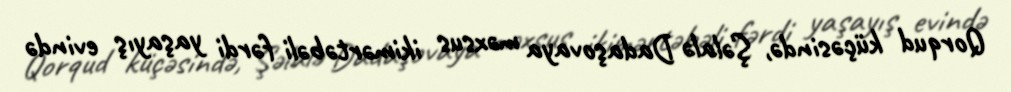
Qorqud küçəsində, Şəlalə Dadaşovaya məxsus ikimərtəbəli fərdi yaşayış evində